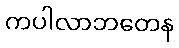
ကပါလာဘတေန